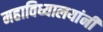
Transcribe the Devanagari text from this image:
महाविध्यालयांनी